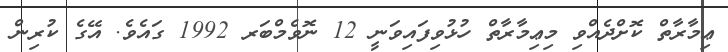
ޢިމާރާތް ކޮށްދެއްވި މިޢިމާރާތް ހުޅުވިފައިވަނީ 12 ނޮވެމްބަރ 1992 ގައެވެ. އޭގެ ކުރިން